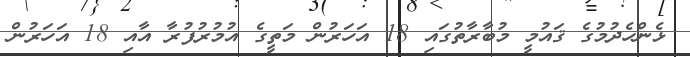
ޅެންހެދުމުގެ ޤައުމީ މުބާރާތުގައި 18 އަހަރުން މަތީގެ އުމުރުފުރާ އާއި 18 އަހަރުން